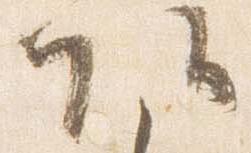
頭